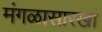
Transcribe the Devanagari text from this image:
मंगळासारखा